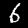
Label: 6